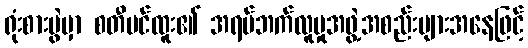
ရုံးစားပွဲမှာ စတီဗင်ထူး၏ အရပ်ဘက်လူမှုအဖွဲ့အစည်းများအနေဖြင့်